Leaving Certificate Examination (including Day School Certificate (Higher) General paper), 1935
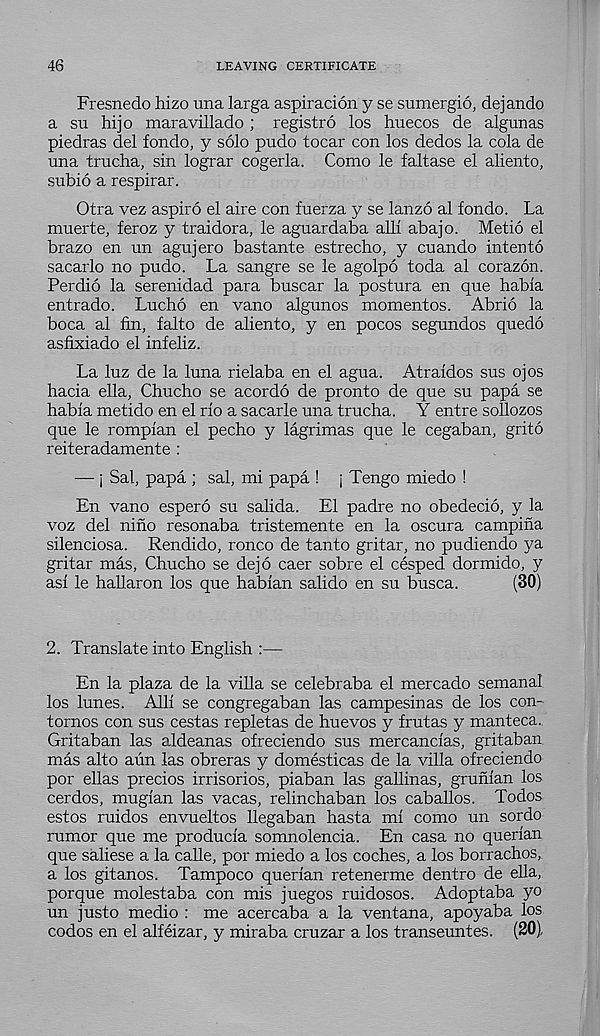
46
LEAVING CERTIFICATE
Fresnedo hizo una larga aspiracion y se sumergio, dejando
a su hijo maravillado ; registro los huecos de algunas
piedras del fondo, y solo pudo tocar con los dedos la cola de
una trucha, sin lograr cogerla. Como le faltase el aliento,
subio a respirar.
Otra vez aspiro el aire con fuerza y se lanzo al fondo. La
muerte, feroz y traidora, le aguardaba all! abajo. Metio el
brazo en un agujero bastante estrecho, y cuando intento
sacarlo no pudo. La sangre se le agolpo toda al corazon.
Perdio la serenidad para buscar la postura en que habla
entrado. Lucho en vano algunos moment os. Abrio la
boca al fin, falto de aliento, y en pocos segundos quedo
asfixiado el infeliz.
La luz de la luna rielaba en el agua. Atraidos sus ojos
hacia ella, Chucho se acordo de pronto de que su papa se
habla metido en el rfo a sacarle una trucha. Y entre sollozos
que le romplan el pecho y lagrimas que le cegaban, grito
reiteradamente :
— j Sal, papa ; sal, mi papa ! j Tengo miedo !
En vano espero su salida. El padre no obedecio, y la
voz del nino resonaba tristemente en la oscura campina
silenciosa. Rendido, ronco de tanto gritar, no pudiendo ya
gritar mas, Chucho se dejo caer sobre el cesped dormido, y
as! le hallaron los que hablan salido en su busca.
(30)
2. Translate into English :—
En la plaza de la villa se celebraba el mercado semanal
los lunes. All! se congregaban las campesinas de los con-
tornos con sus cestas repletas de huevos y frutas y manteca.
Gritaban las aldeanas ofreciendo sus mercanclas, gritaban
mas alto aun las obreras y domesticas de la villa ofreciendo
por ellas precios irrisorios, piaban las gallinas, grunlan los
cerdos, mugian las vacas, relinchaban los caballos. Todos
estos ruidos envueltos llegaban hasta mf como un sordo
rumor que me producfa somnolencia. En casa no querian
que saliese a la calle, por miedo a los coches, a los borrachos,
a los gitanos. Tampoco querian retenerme dentro de ella,
porque molestaba con mis juegos ruidosos. Adoptaba yo
un justo medio : me acercaba a la ventana, apoyaba los
codos en el alfeizar, y miraba cruzar a los transeuntes. (20),